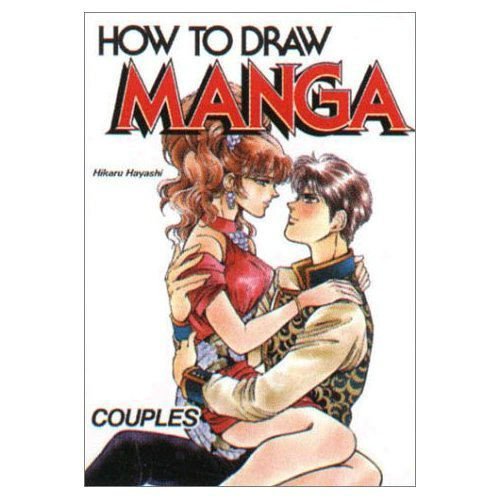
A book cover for How To Draw Manga Volume 28: Couples (v. 28); Hikaru Hayashi; Arts & Photography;